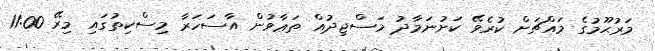
މަރުޙޫމުގެ މައްޗަށް ކުރެވޭ ކަށުނަމާދު މަސްޖިދުއް ތަޢާވުން އާސަހަރާ މިސްކިތުގައި މިރޭ 11:00